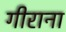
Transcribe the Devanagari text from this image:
गीराना